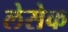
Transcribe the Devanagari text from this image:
लेसेक